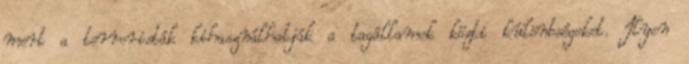
mert a terroristák kihasználhatják a tagállamok közti különbségeket. Ilyen